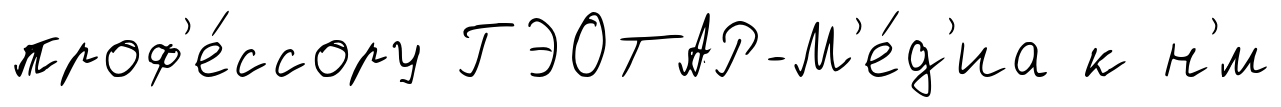
проф'е́ссору ГЭОТАР-М'е́д'иа к н'́м